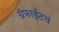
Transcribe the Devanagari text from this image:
ग्रॅफाईटचं